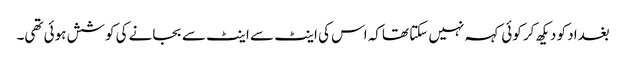
بغداد کو دیکھ کر کوئی کہہ نہیں سکتا تھاکہ اس کی اینٹ سے اینٹ سے بجانے کی کوشش ہوئی تھی۔